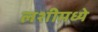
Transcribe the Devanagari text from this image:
लशीमध्ये